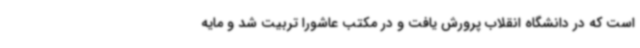
است که در دانشگاه انقلاب پرورش یافت و در مکتب عاشورا تربیت شد و مایه